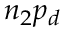
n _ { 2 } p _ { d }